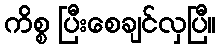
ကိစ္စ ပြီးစေချင်လှပြီ။